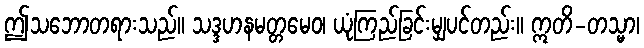
ဤသဘောတရားသည်။ သဒ္ဒဟနမတ္တမေဝ၊ ယုံကြည်ခြင်းမျှပင်တည်း။ ဣတိ-တသ္မာ၊